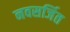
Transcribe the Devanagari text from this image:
नवसर्जित